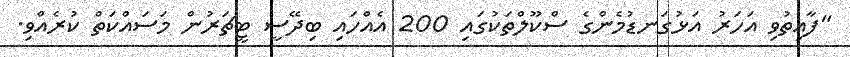
"ފާއިތުވި އަހަރު އަޅުގަނޑުމެންގެ ސްކޫލްތަކުގައި 200 އެއްހައި ބިދޭސީ ޓީޗަރުން މަސައްކަތް ކުރެއްވި.